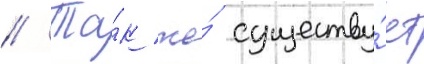
// Та́к же́ существу́ет